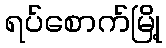
ရပ်စောက်မြို့